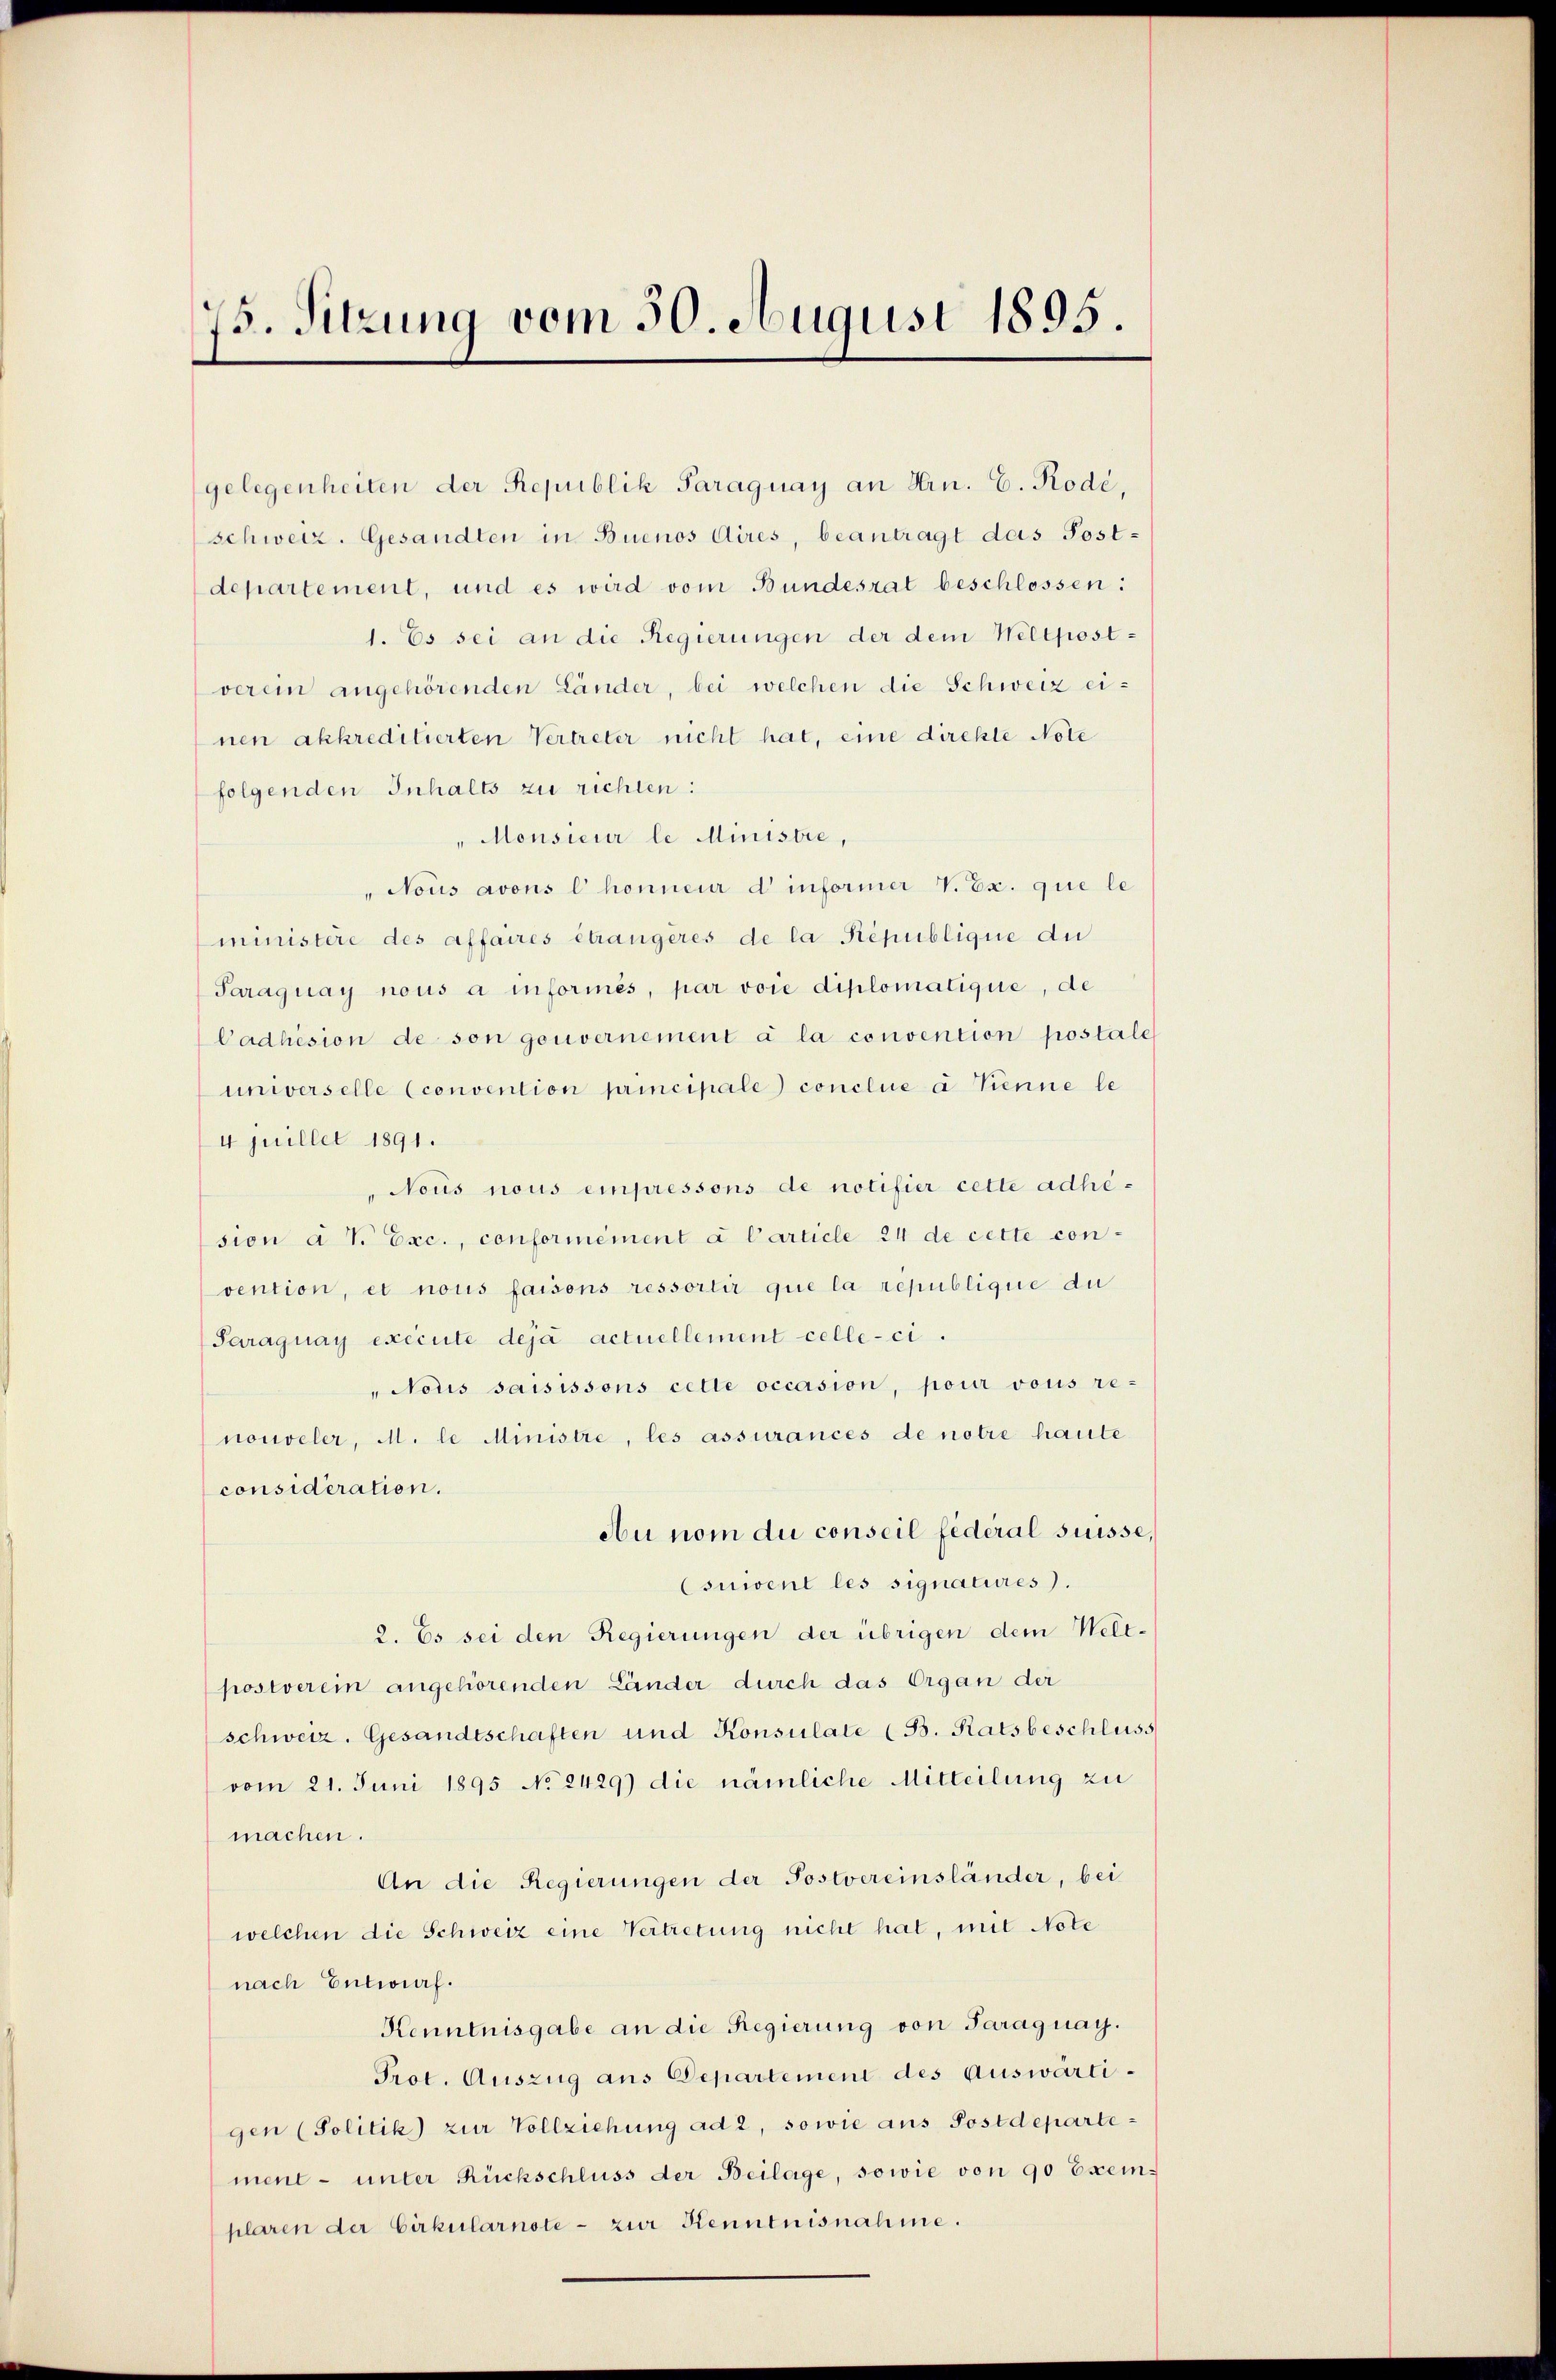
75. Sitzung vom 30. August 1895.

gelegenheiten der Republik Paraguay an Hrn. E. Rode,
schweiz. Gesandten in Buenos Aires, beantragt das Post-
departement, und es wird vom Bundesrat beschlossen:
1. Es sei an die Regierungen der dem Weltpostverein angehörenden Länder, bei welchen die Schweiz einen akkreditierten Vertreter nicht hat, eine direkte Note
folgenden Inhalts zu richten:
"Monsieur le Ministre,
"Nous avons l’ honneur d informer V. Ex. que le
ministère des affaires étrangères de la République du
Paraguay nous a informes, par voie diplomatique, de
Cadhésion de son gouvernement à la convention postale
universelle (convention principale) conclue à Trenne le
4 juillet 1891.
Nous nous einpressons de notifier cette adhision à v. Exc., conformément a Carticle 24 de cette convention, et nous faisons ressortir que la république du
Paraguay exécute deja actuellement celle-ci.
"Notis saisissons cette occasion, pour vous re-
nouveler, M. le Ministre, les assurances de notre haute
considération.
Au nom du conseil federal suisse,
Csuwent les signatures).
2. Es sei den Regierungen der übrigen dem Welt-
postverein angehörenden Länder durch das Organ der
schweiz. Gesandtschaften und Konsulate (B. Ratsbeschluss
vom 21. Juni 1895 No 2429) die nämliche Mitteilung zu
machen.
An die Regierungen der Postvereinsländer, bei
welchen die Schweiz eine Vertretung nicht hat, mit Note
nach Entwurf.
Kenntnisgabe an die Regierung von Paraguay.
Prot. Auszug aus Departement des Auswärtigen (Politik) zur Vollziehung ad 2, sowie aus Postdepartement- unter Rückschluss der Beilage, sowie von 90 Exemplaren der Cirkularnote - zur Kenntnisnahme.